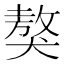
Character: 獒